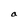
Character: a